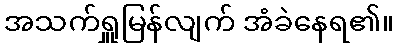
အသက်ရှူမြန်လျက် အံခဲနေရ၏။